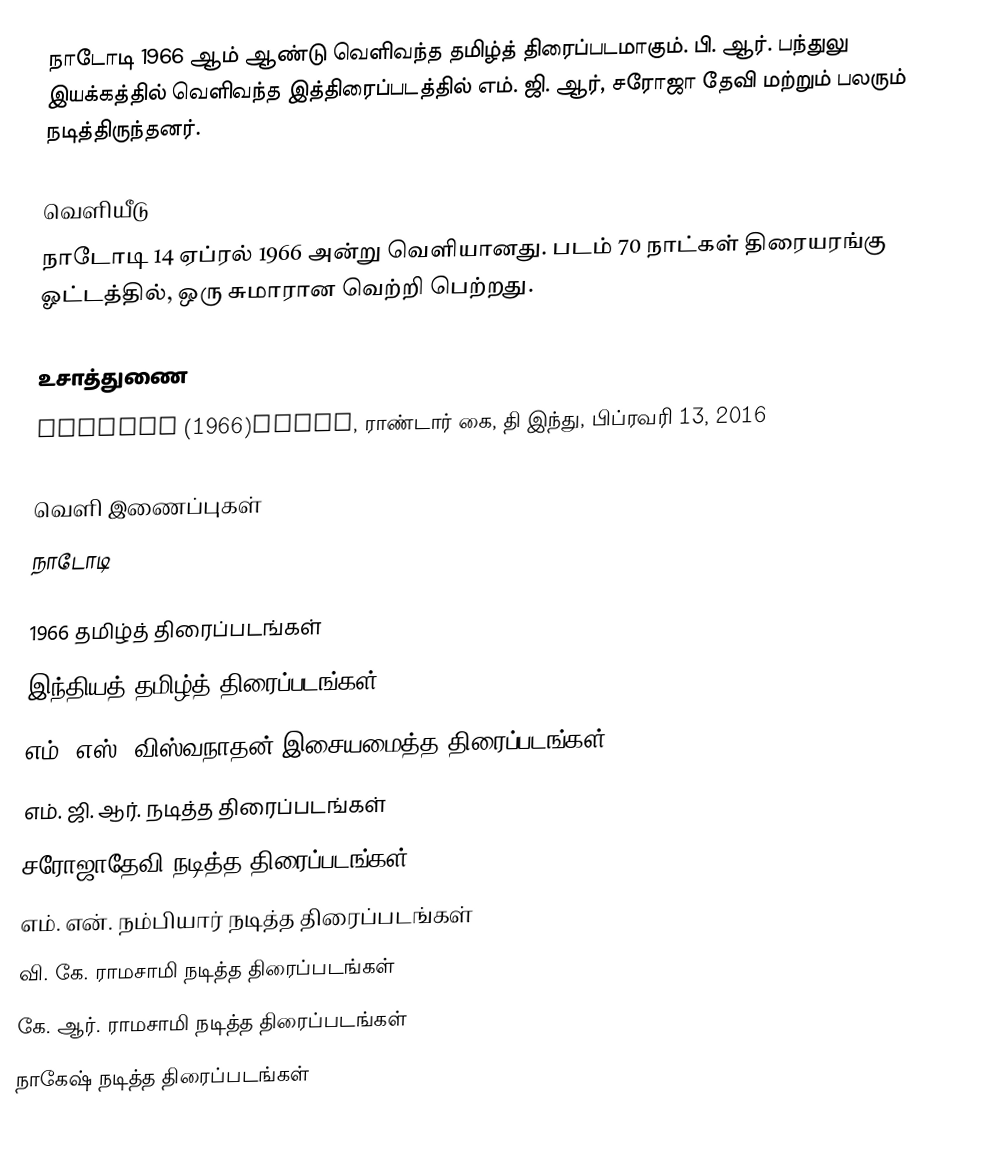
நாடோடி 1966 ஆம் ஆண்டு வெளிவந்த தமிழ்த் திரைப்படமாகும். பி. ஆர். பந்துலு இயக்கத்தில் வெளிவந்த இத்திரைப்படத்தில் எம். ஜி. ஆர், சரோஜா தேவி மற்றும் பலரும் நடித்திருந்தனர்.

வெளியீடு
நாடோடி 14 ஏப்ரல் 1966 அன்று வெளியானது. படம் 70 நாட்கள் திரையரங்கு ஓட்டத்தில், ஒரு சுமாரான வெற்றி பெற்றது.

உசாத்துணை
Naadodi (1966)tamil, ராண்டார் கை, தி இந்து, பிப்ரவரி 13, 2016

வெளி இணைப்புகள்
 நாடோடி

1966 தமிழ்த் திரைப்படங்கள்
இந்தியத் தமிழ்த் திரைப்படங்கள்
எம். எஸ். விஸ்வநாதன் இசையமைத்த திரைப்படங்கள்
எம். ஜி. ஆர். நடித்த திரைப்படங்கள்
சரோஜாதேவி நடித்த திரைப்படங்கள்
எம். என். நம்பியார் நடித்த திரைப்படங்கள்
வி. கே. ராமசாமி நடித்த திரைப்படங்கள்
கே. ஆர். ராமசாமி நடித்த திரைப்படங்கள்
நாகேஷ் நடித்த திரைப்படங்கள்